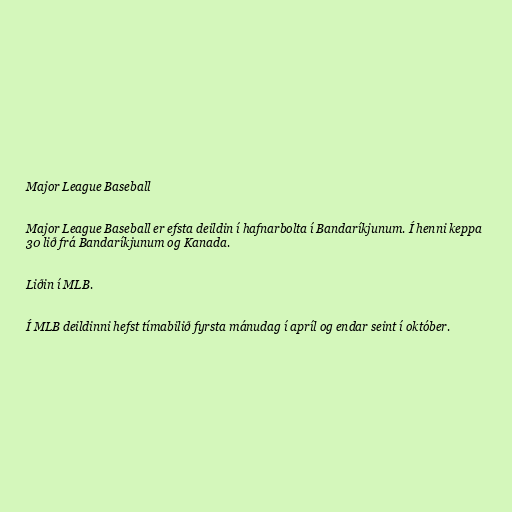
Major League Baseball

Major League Baseball er efsta deildin í hafnarbolta í Bandaríkjunum. Í henni keppa
30 lið frá Bandaríkjunum og Kanada.

Liðin í MLB.

Í MLB deildinni hefst tímabilið fyrsta mánudag í apríl og endar seint í október.